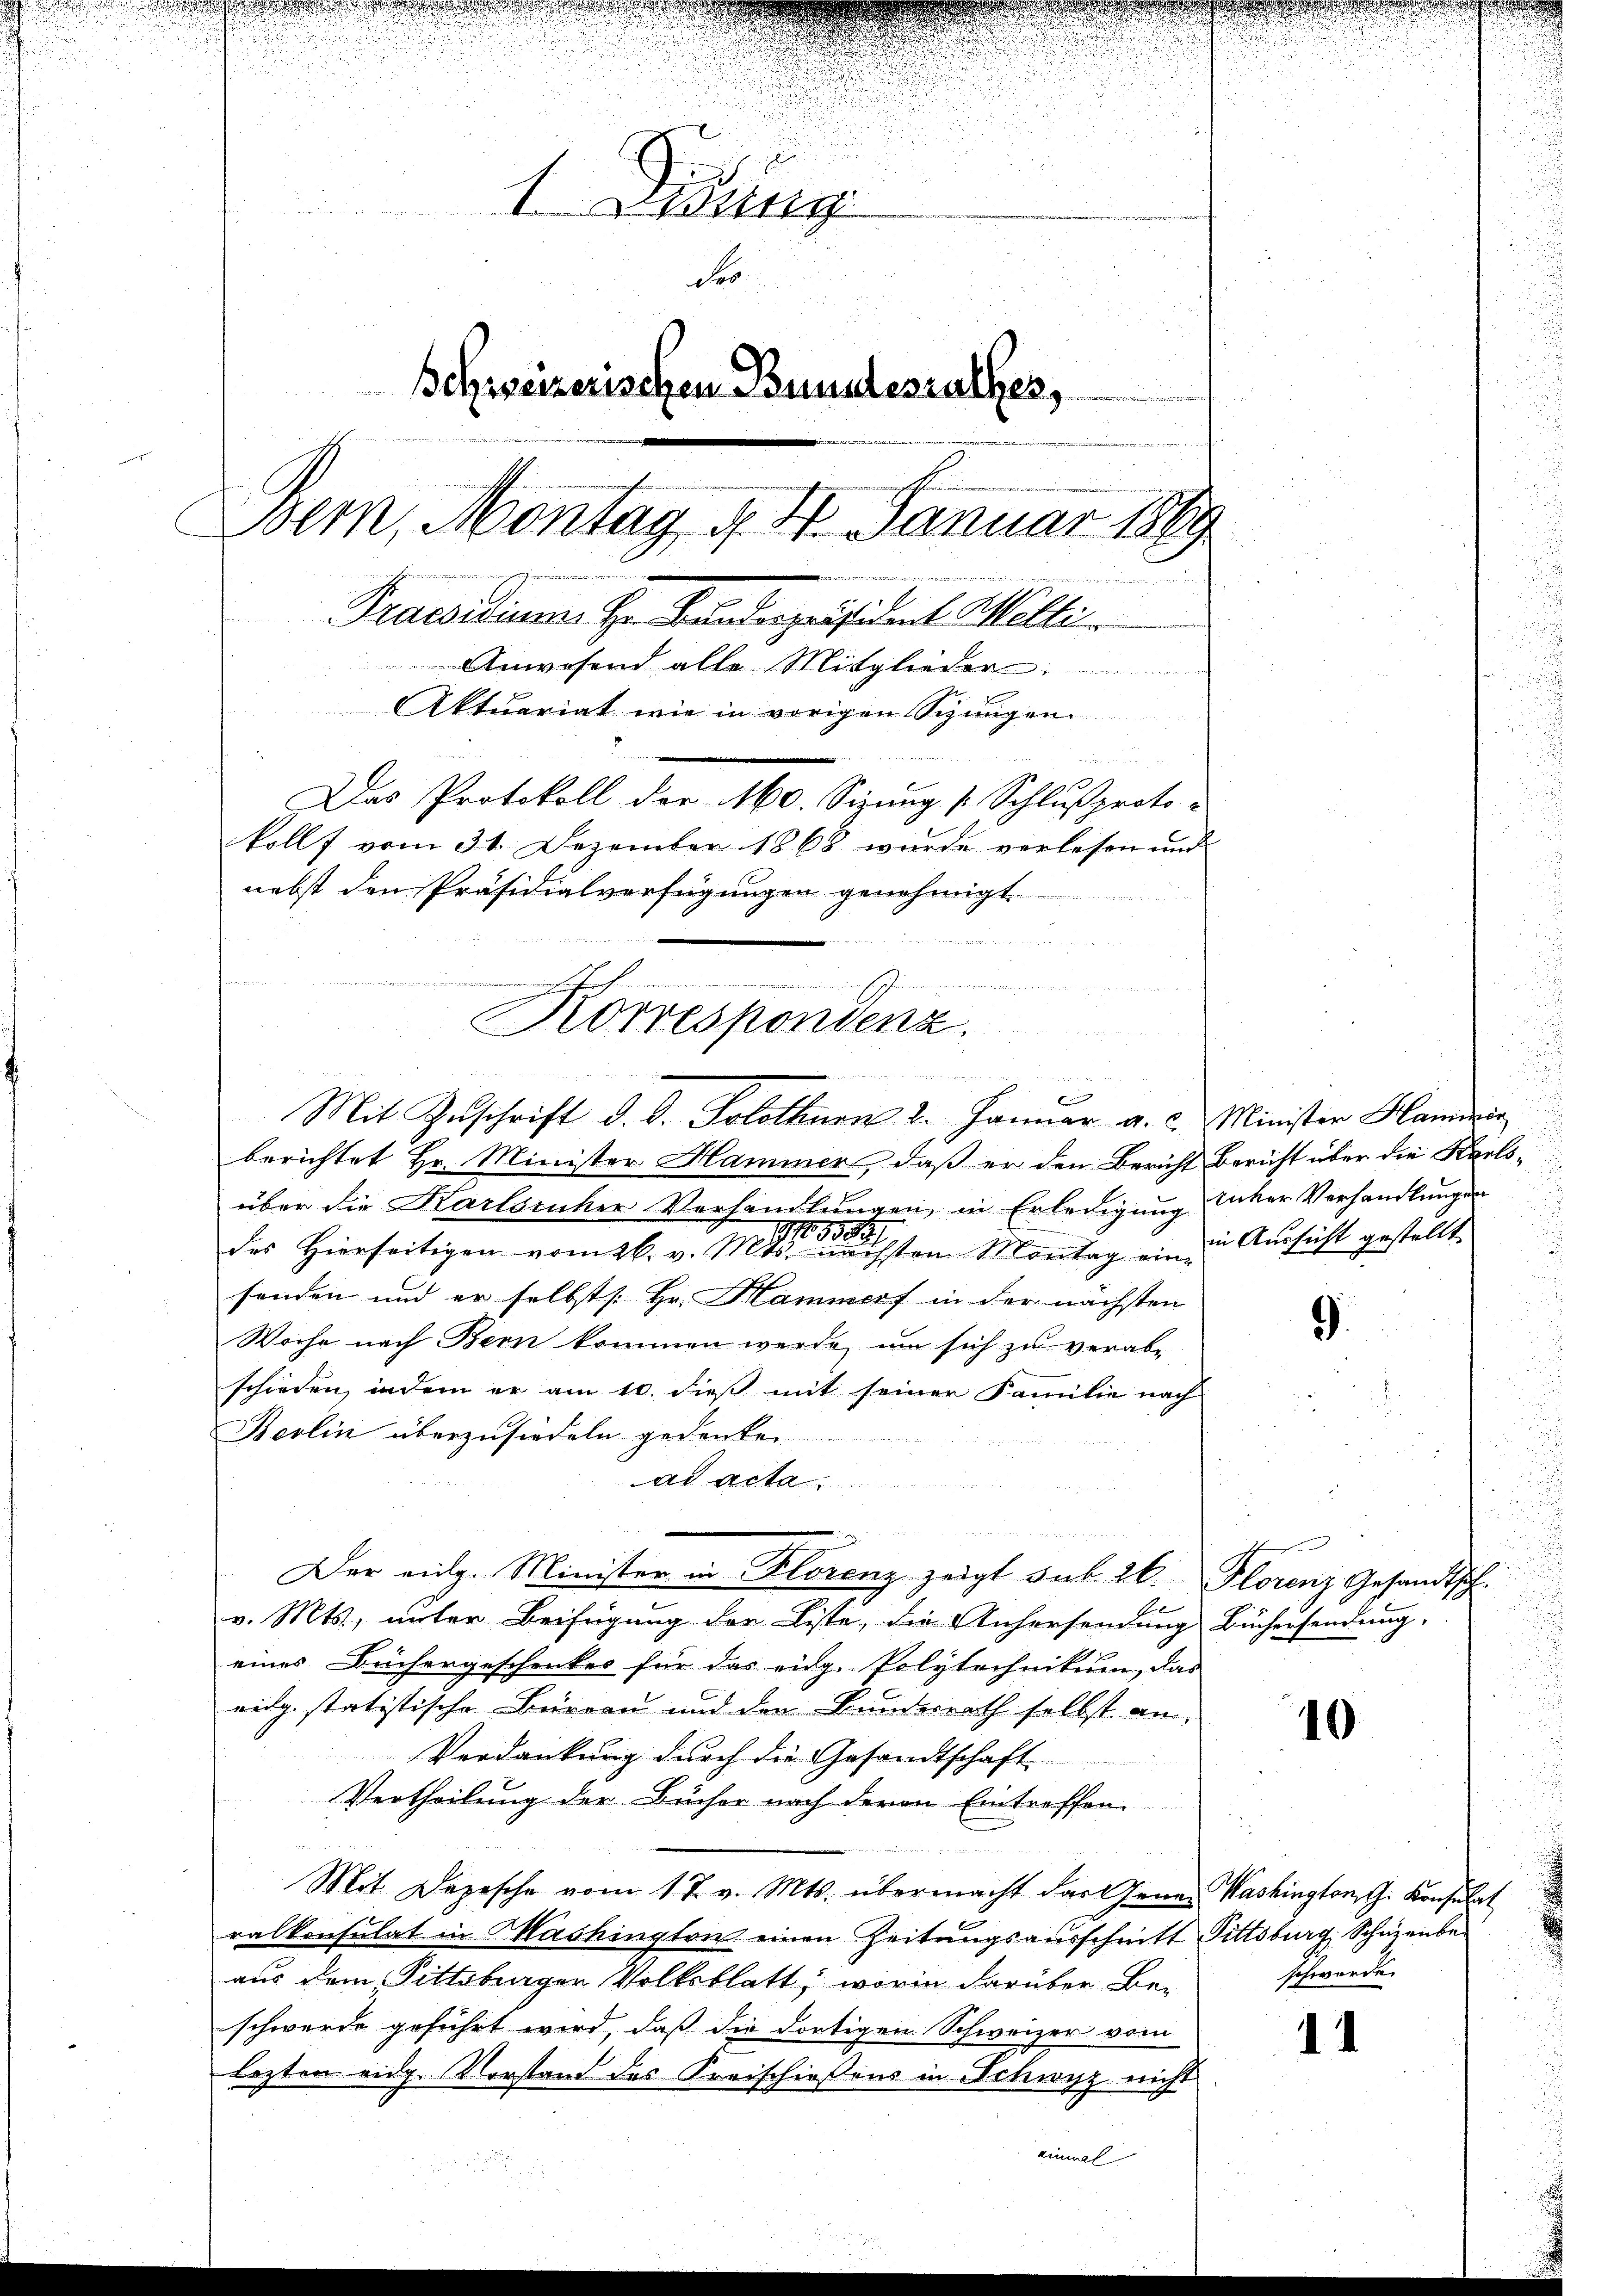
u
n
u

1. Jung
Seo
Schweizerischen Brundesrathes,
Bem, Montag, d. 4. Januar 1849
 81 Fr.
Praesidium. Hr. Friederpräsident Melli
Anwesend alle Mitglieder
Aktuariat wie in vorigen Schungen.
n
Das Protokoll der Mo. Sizung (Schlussproto-
koll vom 31. Dezember 1868 wurde verlesen und
nebst den Präsidialverfügungen genehmigt.

u
r

nschen
Korrespondenz.
 Sr. Kosten und nich
Mit Zuschrift d. d. Solothurn 2. Januar a. c. Minister Hamerin

berichtet Hr. Minister Hammer, daß er den Bericht Bericht über die Karls-
über die Karlsruher Verhandlŭngen, in Erledigŭng unter Verhandlungen
16858.
27.
des Hierseitigen vom 26. v. Mts. nächsten Montag ein Aussicht gestellt
senden und er selbst Hr. Hammerf in der nächsten
Woche nach Bern kommen werde, um sich zu verabschieden, indem er am 10. dieß mit seiner Familie nach
Berlin überzusiedeln gedenken
 Acta
be
v. Mts., unter Beifügung der Liste, die Anhersendung Büchersendung,
eines Büchergeschenkes für das eidg. Polytechnikum, das
vitg. statistische Büreau und den Bundererth selbst an,
Verdankŭng dŭrch die Gesandtschaft
Vertheilung der Bücher nach deren Eintreffen
n
Mit Depesche vom 17. v. Mts. übermacht das Gener Washington G. Konsulat
ralkonsulat in Mashington einen Zeitungsausschrift Fittsburg, Schüzenbe
aus dem Pittsburger Volksblatt, worin darüber Be-
schwerde geführt wird, daß die dortigen Schweizer vom
lezten eidg. Vorstand des Kreischießens in Schwyz nicht
ein

Der eidg. Minister in Florenz zeigt sub 26. Florenz Gesandtsch.

9

10

schwerde.

.

1